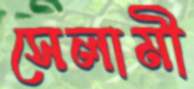
সেলামী